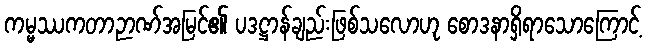
ကမ္မဿကတာဉာဏ်အမြင်၏ ပဒဋ္ဌာန်ချည်းဖြစ်သလောဟု စောဒနာရှိရာသောကြောင့်